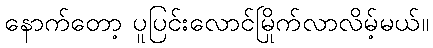
နောက်တော့ ပူပြင်းလောင်မြိုက်လာလိမ့်မယ်။